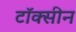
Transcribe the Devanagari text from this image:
टॉक्सीन